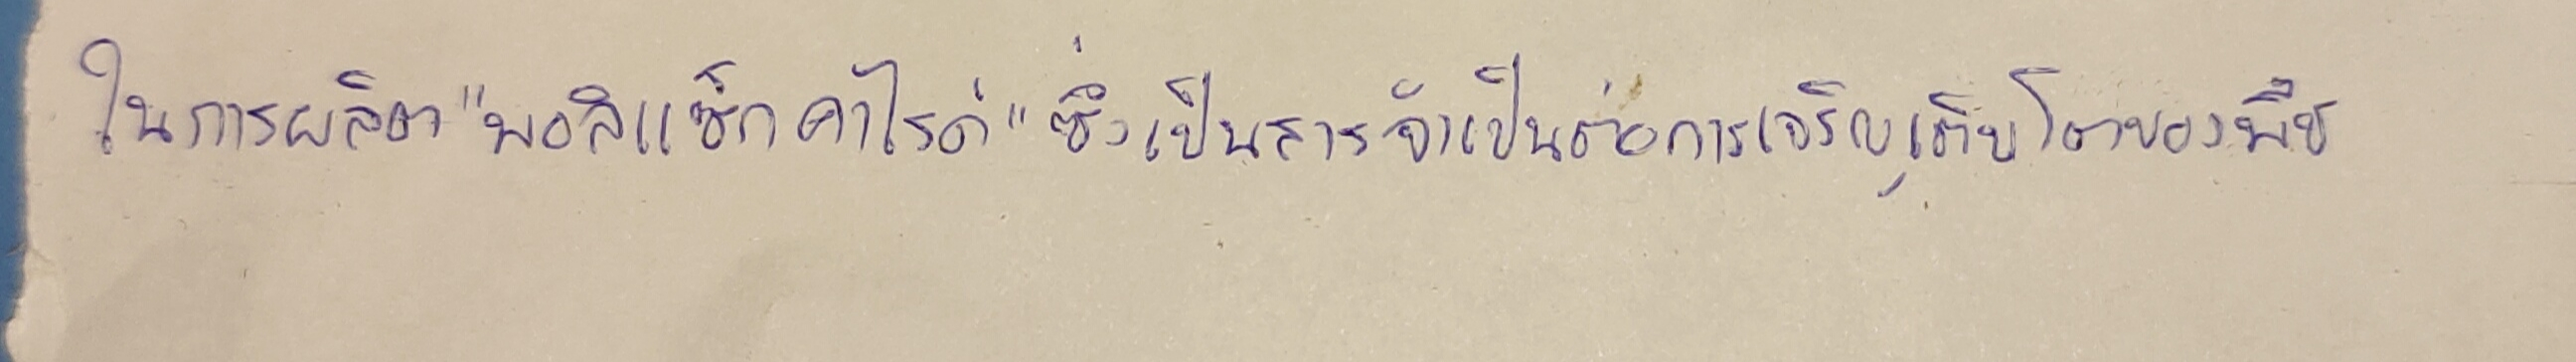
ในการผลิต"พอลิแซ็กคาไรด์"ซึ่งเป็นสารจำเป็นต่อการเจริญเติบโตของพืช